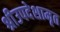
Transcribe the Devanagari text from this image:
श्रीउपदेशामृत